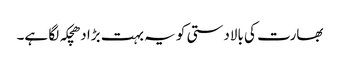
بھارت کی بالادستی کو یہ بہت بڑا دھچکہ لگا ہے۔